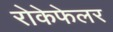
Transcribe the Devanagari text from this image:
रोकेफेलर